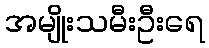
အမျိုးသမီးဦးရေ